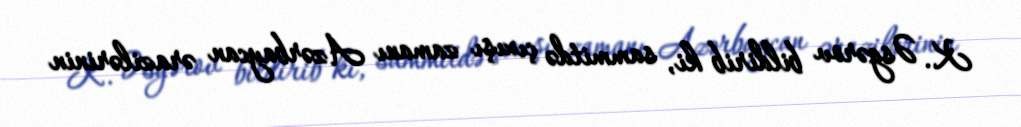
K. Əsgərov bildirib ki, sammitdə çıxışı zamanı Azərbaycan ərazilərinin